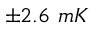
\pm 2 . 6 \ m K